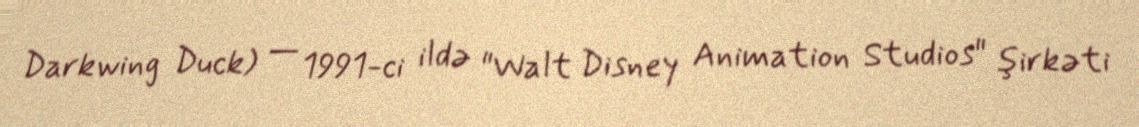
Darkwing Duck) — 1991-ci ildə "Walt Disney Animation Studios" şirkəti